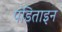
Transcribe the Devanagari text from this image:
पंडिताइन